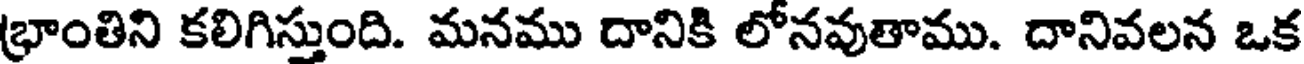
భ్రాంతిని కలిగిస్తుంది. మనము దానికి లోనవుతాము. దానివలన ఒక